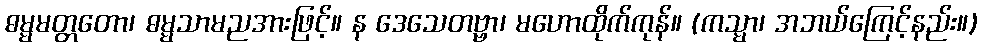
ဓမ္မမတ္တတော၊ ဓမ္မသာမညအားဖြင့်။ န ဒေသေတဗ္ဗာ၊ မဟောထိုက်ကုန်။ (ကသ္မာ၊ အဘယ်ကြေင့်နည်း။)